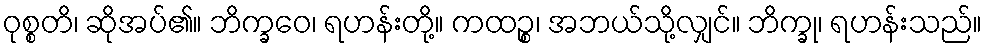
ဝုစ္စတိ၊ ဆိုအပ်၏။ ဘိက္ခဝေ၊ ရဟန်းတို့။ ကထဉ္စ၊ အဘယ်သို့လျှင်။ ဘိက္ခု၊ ရဟန်းသည်။